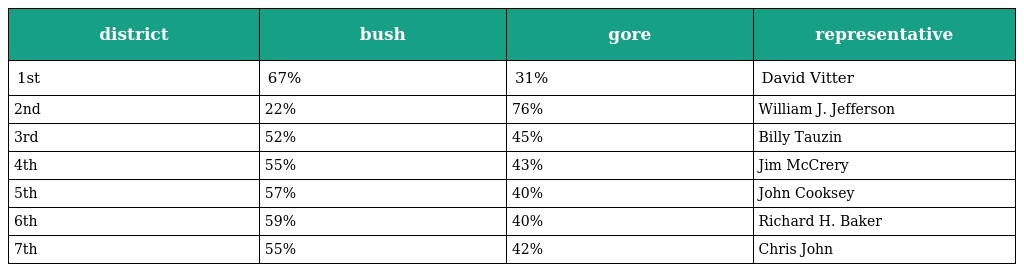
| district | bush | gore | representative |
 | --- | --- | --- | --- |
 | 1st | 67% | 31% | David Vitter |
 | 2nd | 22% | 76% | William J. Jefferson |
 | 3rd | 52% | 45% | Billy Tauzin |
 | 4th | 55% | 43% | Jim McCrery |
 | 5th | 57% | 40% | John Cooksey |
 | 6th | 59% | 40% | Richard H. Baker |
 | 7th | 55% | 42% | Chris John |